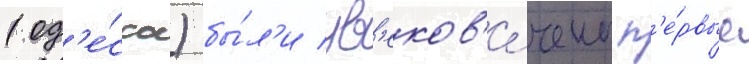
(од'е́сса) бы́л'и ув'еков'е́чены п'е́рвые